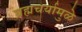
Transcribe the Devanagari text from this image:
ब्रह्मचर्यामुळे